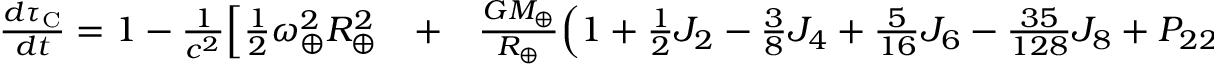
\begin{array} { r l r } { \frac { d \tau _ { \mathrm { C } } } { d t } = 1 - \frac { 1 } { c ^ { 2 } } \Big [ { \textstyle \frac { 1 } { 2 } } \omega _ { \oplus } ^ { 2 } R _ { \oplus } ^ { 2 } } & { { } + } & { \frac { G M _ { \oplus } } { R _ { \oplus } } \Big ( 1 + { \textstyle \frac { 1 } { 2 } } J _ { 2 } - { \textstyle \frac { 3 } { 8 } } J _ { 4 } + { \textstyle \frac { 5 } { 1 6 } } J _ { 6 } - { \textstyle \frac { 3 5 } { 1 2 8 } } J _ { 8 } + P _ { 2 2 } ( 0 ) \big ( C _ { 2 2 } \cos 2 \phi + S _ { 2 2 } \sin 2 \phi \big ) + } \end{array}